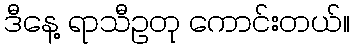
ဒီနေ့ ရာသီဥတု ကောင်းတယ်။